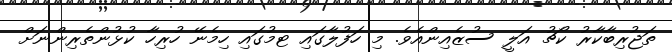
ތަޖުރިބާކާރު ކޯޗު އަލީ ސުޒެއިންއެވެ. މި ހަފުލާގައި ޓމުގައި ހިމެނޭ ހުރިހާ ކުޅުންތެރިންނަށް